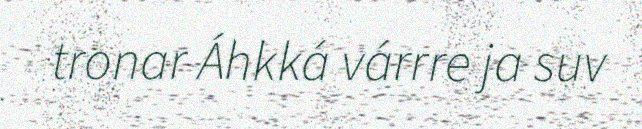
tronar Áhkká várrre ja suv